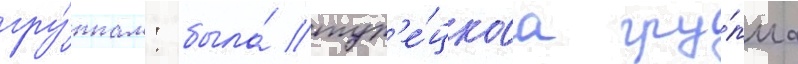
гру́ппам: была́ тур'е́цкаа гру́ппа